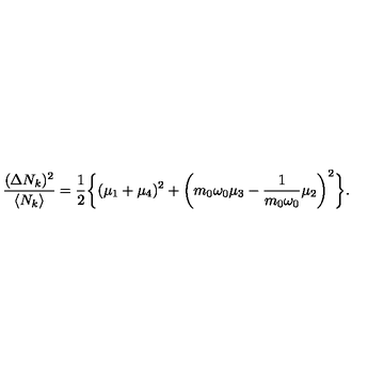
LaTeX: { \frac { ( \Delta N _ { k } ) ^ { 2 } } { \langle N _ { k } \rangle } } = { \frac { 1 } { 2 } } \biggl \{ ( \mu _ { 1 } + \mu _ { 4 } ) ^ { 2 } + \biggl ( m _ { 0 } \omega _ { 0 } \mu _ { 3 } - { \frac { 1 } { m _ { 0 } \omega _ { 0 } } } \mu _ { 2 } \biggr ) ^ { 2 } \biggr \} .